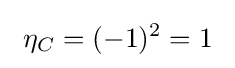
\ \eta _{C}=(-1)^{2}=1\